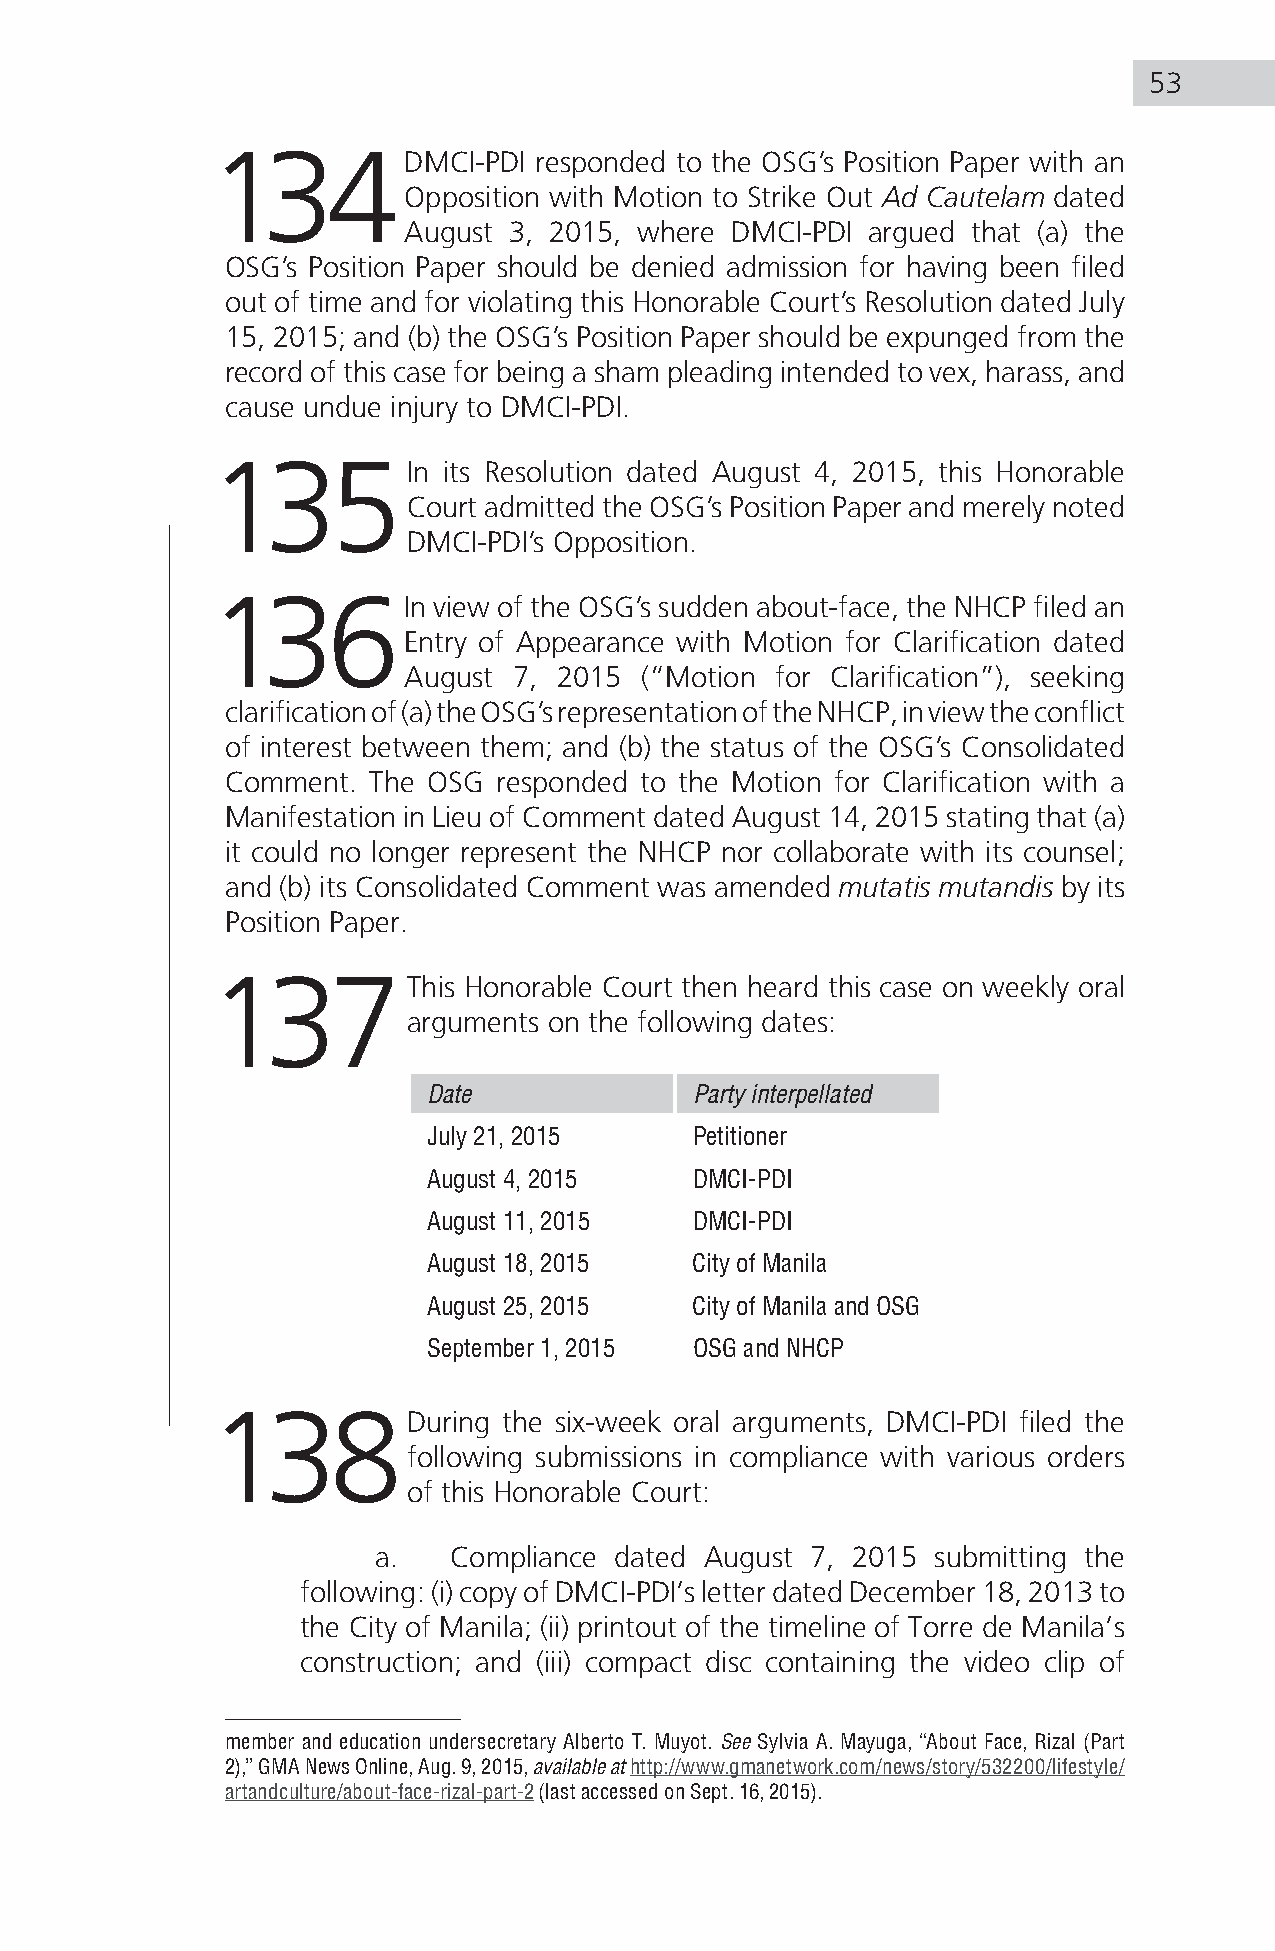
53
 134DMCI-PDI          responded to the OSG’s Position Paper with an
 Opposition with Motion to Strike Out Ad Cautelam dated
 August 3, 2015, where DMCI-PDI argued that (a) the
 OSG’s Position Paper should be denied admission for having been filed
 out of time and for violating this Honorable Court’s Resolution dated July
 15, 2015; and (b) the OSG’s Position Paper should be expunged from the
 record of this case for being a sham pleading intended to vex, harass, and
 cause undue injury to DMCI-PDI.
 135In          its Resolution dated August 4, 2015, this Honorable
 Court admitted the OSG’s Position Paper and merely noted
 DMCI-PDI’s Opposition.
 136In          view of the OSG’s sudden about-face, the NHCP filed an
 Entry of Appearance with Motion for Clarification dated
 August 7, 2015 (“Motion for Clarification”), seeking
 clarification of (a) the OSG’s representation of the NHCP, in view the conflict
 of interest between them; and (b) the status of the OSG’s Consolidated
 Comment.  The OSG responded to the Motion for Clarification with a
 Manifestation in Lieu of Comment dated August 14, 2015 stating that (a)
 it could no longer represent the NHCP nor collaborate with its counsel;
 and (b) its Consolidated Comment was amended mutatis mutandis by its
 Position Paper.
 137This          Honorable Court then heard this case on weekly oral
 arguments on the following dates:
 Date              Party interpellated
 July 21, 2015     Petitioner
 August 4, 2015    DMCI-PDI
 August 11, 2015   DMCI-PDI
 August 18, 2015   City of Manila
 August 25, 2015   City of Manila and OSG
 September 1, 2015 OSG and NHCP
 138During          the six-week oral arguments, DMCI-PDI filed the
 following submissions in compliance with various orders
 of this Honorable Court:
 a.   Compliance dated August 7, 2015 submitting the
 following: (i) copy of DMCI-PDI’s letter dated December 18, 2013 to
 the City of Manila; (ii) printout of the timeline of Torre de Manila’s
 construction; and (iii) compact disc containing the video clip of
 member and education undersecretary Alberto T. Muyot. See Sylvia A. Mayuga, “About Face, Rizal (Part
 2),” GMA News Online, Aug. 9, 2015, available at http://www.gmanetwork.com/news/story/532200/lifestyle/
 artandculture/about-face-rizal-part-2 (last accessed on Sept. 16, 2015).